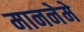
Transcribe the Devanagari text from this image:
माननेमे